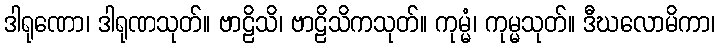
ဒါရုဏော၊ ဒါရုဏသုတ်။ ဗာဠိသိ၊ ဗာဠိသိကသုတ်။ ကုမ္မံ၊ ကုမ္မသုတ်။ ဒီဃလောမိကာ၊